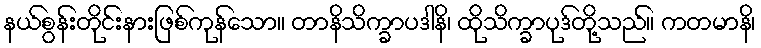
နယ်စွန်းတိုင်းနားဖြစ်ကုန်သော။ တာနိသိက္ခာပဒါနိ၊ ထိုသိက္ခာပုဒ်တို့သည်။ ကတမာနိ၊